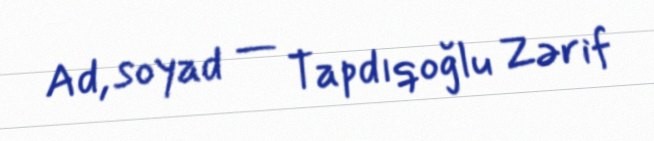
Ad, soyad — Tapdıqoğlu Zərif